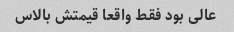
عالی بود فقط واقعا قیمتش بالاس